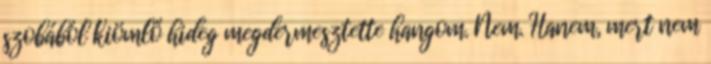
szobából kiömlő hideg megdermesztette hangom. Nem. Hanem, mert nem